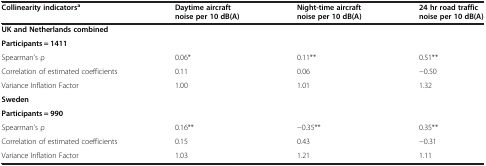
| Collinearity indicatorsa | Daytime aircraft noise per 10 dB(A) | Night-time aircraft noise per 10 dB(A) | 24 hr road traffic noise per 10 dB(A) |
 | --- | --- | --- | --- |
 | UK and Netherlands combined |  |  |  |
 | Participants = 1411 |  |  |  |
 | Spearman’s ρ | 0.06* | 0.11** | 0.51** |
 | Correlation of estimated coefficients | 0.11 | 0.06 | −0.50 |
 | Variance Inflation Factor | 1.00 | 1.01 | 1.32 |
 | Sweden |  |  |  |
 | Participants = 990 |  |  |  |
 | Spearman’s ρ | 0.16** | −0.35** | 0.35** |
 | Correlation of estimated coefficients | 0.15 | 0.43 | −0.31 |
 | Variance Inflation Factor | 1.03 | 1.21 | 1.11 |